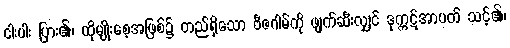
ငါးပါး ပြား၏၊ ထိုမျိုးစေ့အဖြစ်၌ တည်ရှိသော ဗီဇဂါမ်ကို ဖျက်ဆီးလျှင် ဒုက္ကဋ်အာပတ် သင့်၏၊